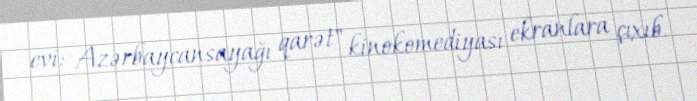
evi: Azərbaycansayağı qarət" kinokomediyası ekranlara çıxıb.